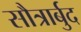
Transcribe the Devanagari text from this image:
सौत्रार्बुद